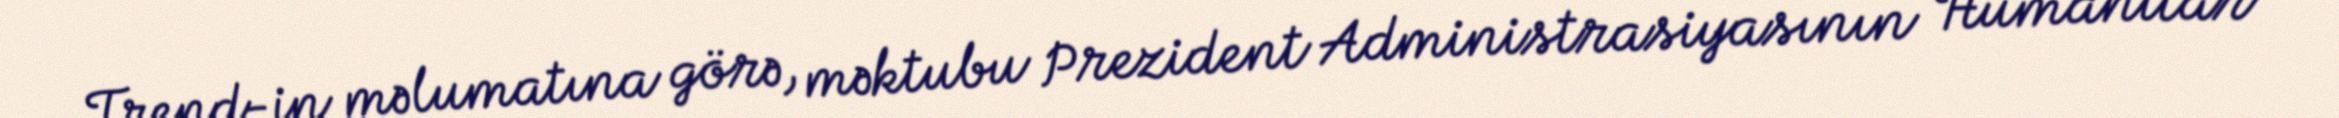
Trend-in məlumatına görə, məktubu Prezident Administrasiyasının Humanitar